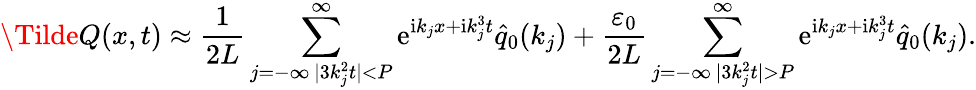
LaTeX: \Tilde{Q}(x,t)\approx\frac{1}{2L}\sum_{\substack{j=-\infty\, |3k_{j}^{2}t|<P}}^{\infty}\mathrm e^{\mathrm ik_{j}x+\mathrm ik_{j}^{3}t}\hat{q}_{0}(k_{j})+\frac{\varepsilon_{0}}{2L}\sum_{\substack{j=-\infty\, |3k_{j}^{2}t|>P}}^{\infty}\mathrm e^{\mathrm ik_{j}x+\mathrm ik_{j}^{3}t}\hat{q}_{0}(k_{j}).